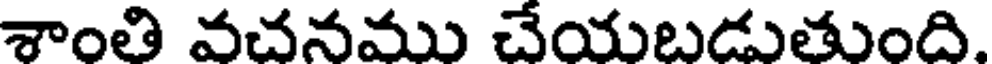
శాంతి వచనము చేయబడుతుంది.